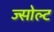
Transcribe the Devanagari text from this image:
ज्सोल्ट